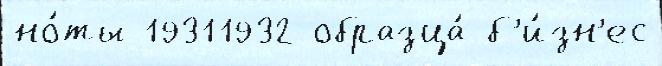
но́ты 19311932 образца́ б'и́зн'ес